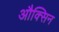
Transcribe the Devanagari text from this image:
औक्सिन